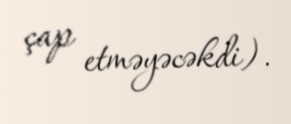
çap etməyəcəkdi).